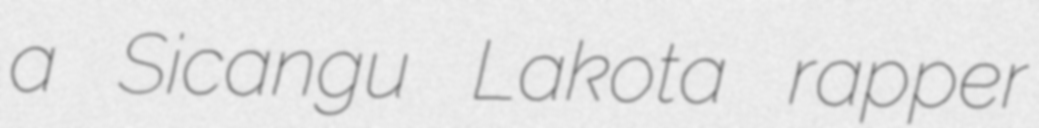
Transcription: a Sicangu Lakota rapper